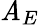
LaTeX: \mathit{A}_{E}